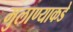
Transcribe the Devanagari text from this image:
मुलाण्याकडे